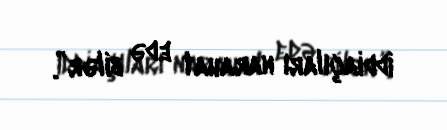
iddiaçıları narahat edə bilər”.